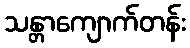
သန္တာကျောက်တန်း